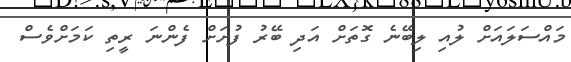
މައްސަލައަށް ލުއި ލިބޭނެ ގޮތަށް އަދި ބޭރު ފުށަށް ފެންނަ ރީތި ކަމަށްވެސް